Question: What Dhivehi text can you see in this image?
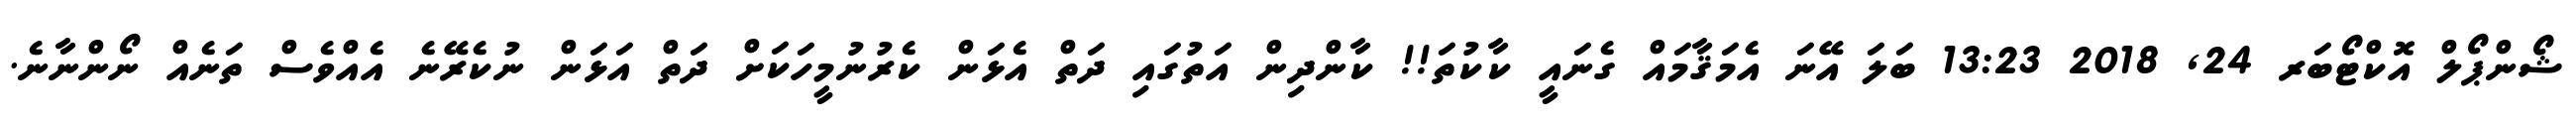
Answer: ޝޯންޕޯލް އޮކްޓޯބަރ 24, 2018 13:23 ބަލަ އޭނަ އެމަޤާމައް ގެނައީ ކާކުތަ!! ކާންދިން އަތުގައި ދަތް އެޅަން ކެރުނުމީހަކަށް ދަތް އަޅަން ނުކެރޭނެ އެއްވެސް ތަނެއް ނޯންނާނެ.